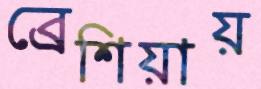
ব্রেশিয়ায়